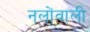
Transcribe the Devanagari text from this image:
नलोंवाली